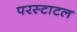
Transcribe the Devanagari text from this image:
परस्टाटल